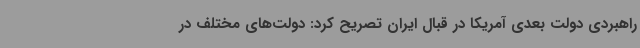
راهبردی دولت بعدی آمریکا در قبال ایران تصریح کرد: دولت‌های مختلف در